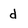
Character: d